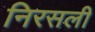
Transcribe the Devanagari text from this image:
निरसली